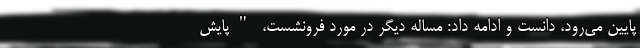
پایین می‌رود، دانست و ادامه داد: مساله دیگر در مورد فرونشست، "پایش